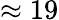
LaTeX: \approx 19